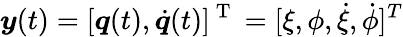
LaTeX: \boldsymbol{y}(t)=[\boldsymbol{q}(t),\dot{\boldsymbol{q}}(t)]^{\mathrm{~T~}}=[\xi,\phi,\dot{\xi},\dot{\phi}]^{T}